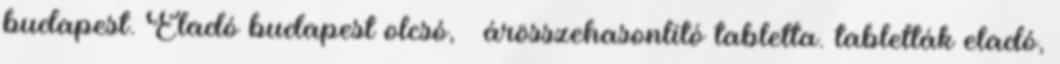
budapest. Eladó budapest olcsó, – árösszehasonlító tabletta. tabletták eladó,